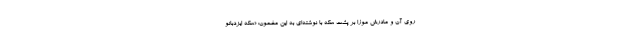
روی آن و مادرش موزا بر پشت سکه با نوشته‌ای به این مضمون: «سکه ایزدبانو